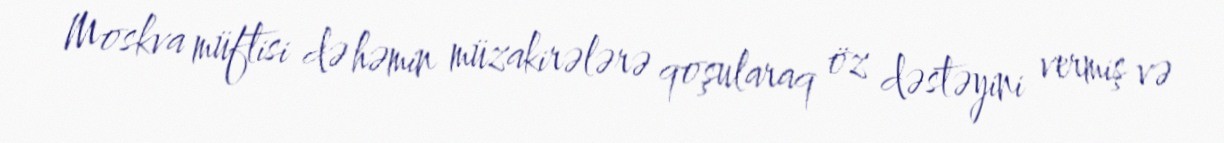
Moskva müftisi də həmin müzakirələrə qoşularaq öz dəstəyini vermiş və